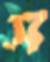
স